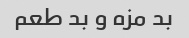
بد مزه و بد طعم